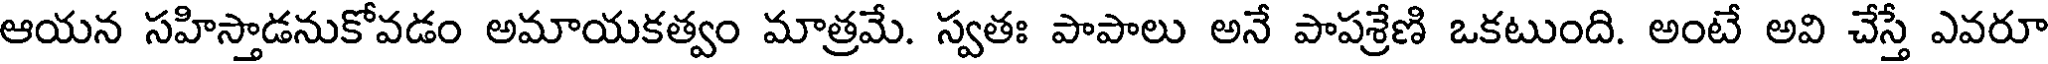
ఆయన సహిస్తాడనుకోవడం అమాయకత్వం మాత్రమే. స్వతః పాపాలు అనే పాపశ్రేణి ఒకటుంది. అంటే అవి చేస్తే ఎవరూ